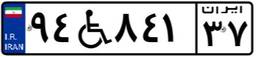
۹۴W۸۴۱۳۷